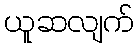
ယူဆလျက်